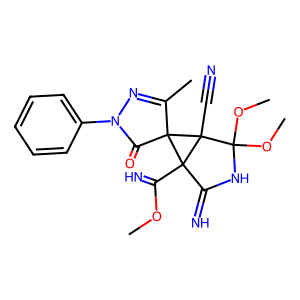
SMILES: COC(=N)C12C(=N)NC(OC)(OC)C1(C#N)C21C(=O)N(c2ccccc2)N=C1C
Inhibits HIV replication: No